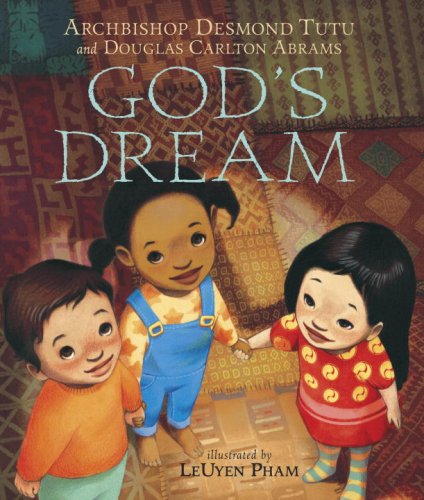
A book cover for God's Dream; Archbishop Desmond Tutu; Children's Books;